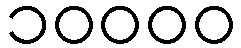
၁၀၀၀၀